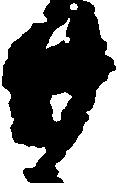
廿